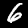
Label: 6